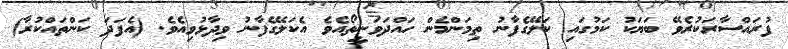
ފުރައްސާރަކުރެވޭ ބަޔަކު ކަމުގައި ކަލޭގެފާނު ތިމަންމެން ހައްދަވަނީތޯއެވެ އެކަލޭގެފާނު ވިދާޅުވިއެވެ. (އެފަދަ ކަންތައްކުރާ)